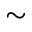
\sim